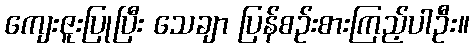
ကျေးဇူးပြုပြီး သေချာ ပြန်စဉ်းစားကြည့်ပါဦး။